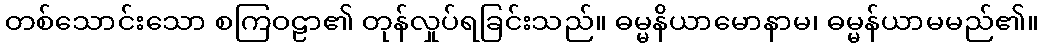
တစ်သောင်းသော စကြဝဠာ၏ တုန်လှုပ်ရခြင်းသည်။ ဓမ္မနိယာမောနာမ၊ ဓမ္မန်ယာမမည်၏။